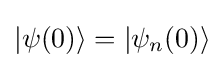
|\psi (0)\rangle =|\psi _{n}(0)\rangle